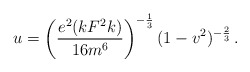
\begin{align*}u=\left( \frac{e^{2} (kF^{2}k)}{16m^{6}}\right) ^{-\frac{1}{3}}(1-v^{2})^{-\frac{2}{3}} \, .\end{align*}